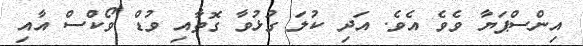
އިންސްޕަޔާ ވެވެ އެވެ. އަދި ކުލަ ގުޅުވާ ގޮތާއި ވުޑް ވޯކްސް އާއި